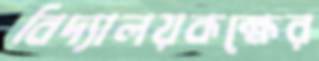
বিদ্যালয়কক্ষের